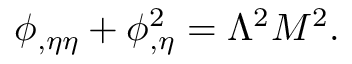
\phi _ { , \eta \eta } + \phi _ { , \eta } ^ { 2 } = \Lambda ^ { 2 } M ^ { 2 } .